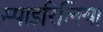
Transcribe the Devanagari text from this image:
स्पाइरिलिया